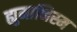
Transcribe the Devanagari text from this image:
ह्युमानिस्म